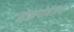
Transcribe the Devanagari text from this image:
हाइपोबैलस